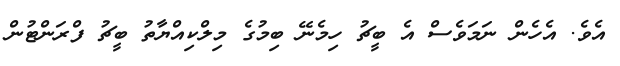
އެވެ. އެހެން ނަމަވެސް އެ ބީޗު ހިމެނޭ ބިމުގެ މިލްކިއްޔާތު ބީޗު ފްރަންޓުން